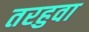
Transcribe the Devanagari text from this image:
तरहुवा